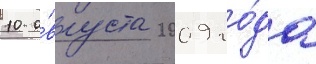
10 а́вгуста 2009 го́да